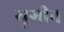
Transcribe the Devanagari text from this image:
यूगीन